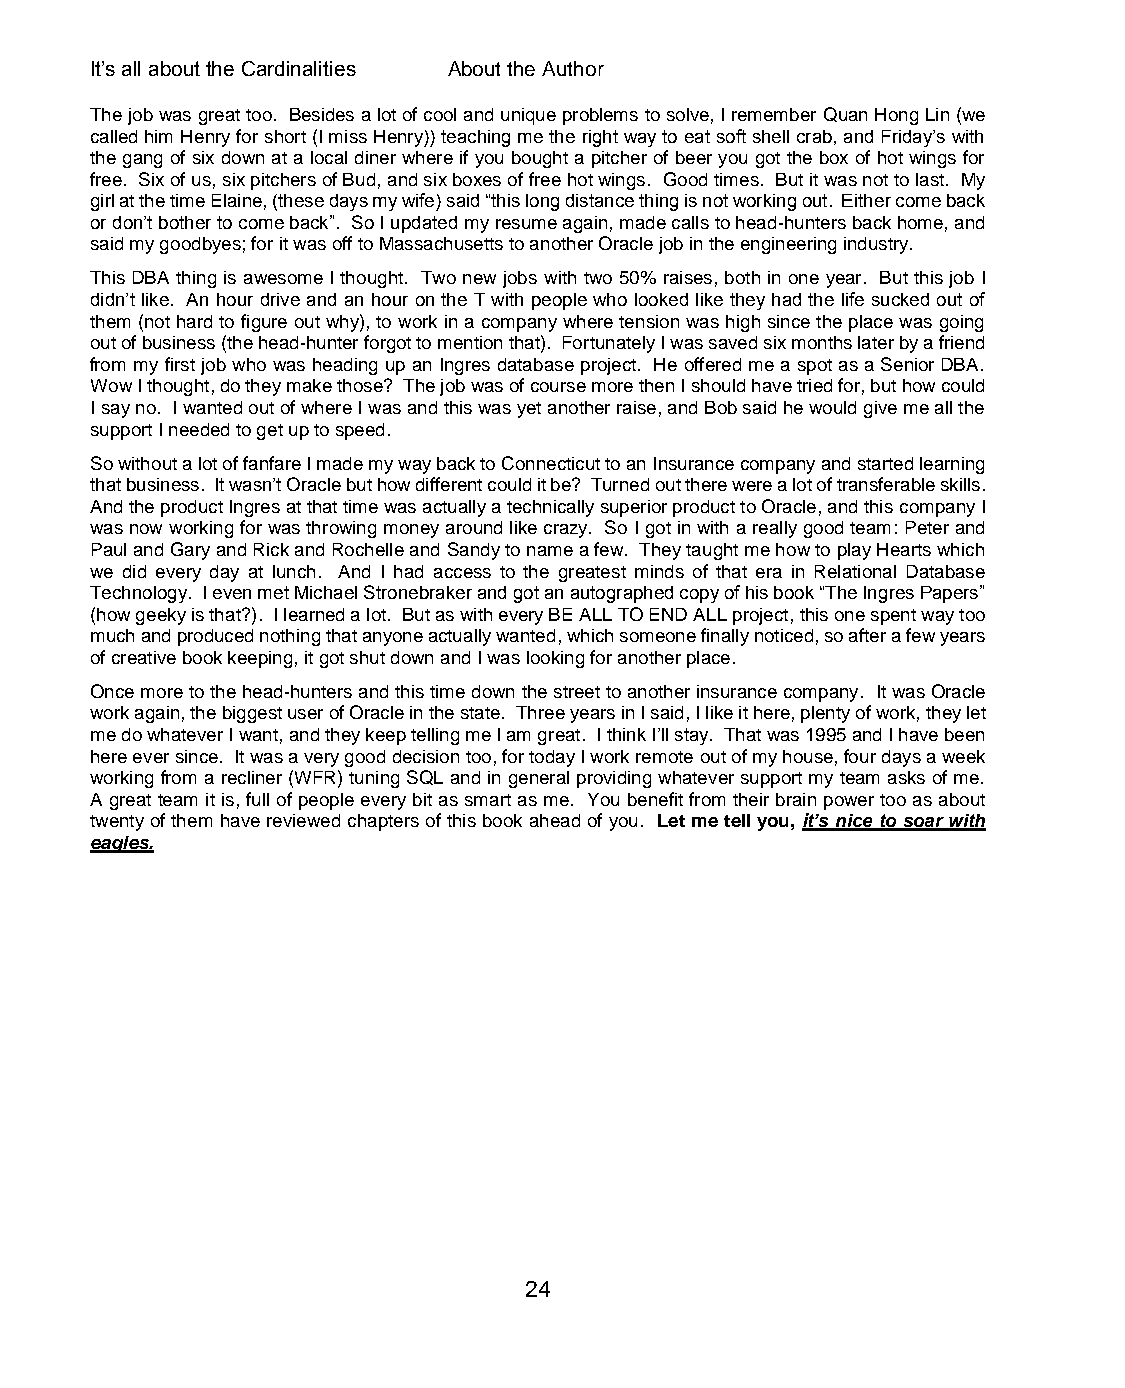
It’s all about the Cardinalities About the Author
 The job was great too. Besides a lot of cool and unique problems to solve, I remember Quan Hong Lin (we
 called him Henry for short (I miss Henry)) teaching me the right way to eat soft shell crab, and Friday’s with
 the gang of six down at a local diner where if you bought a pitcher of beer you got the box of hot wings for
 free. Six of us, six pitchers of Bud, and six boxes of free hot wings. Good times. But it was not to last. My
 girl at the time Elaine, (these days my wife) said “this long distance thing is not working out. Either come back
 or don’t bother to come back”. So I updated my resume again, made calls to head-hunters back home, and
 said my goodbyes; for it was off to Massachusetts to another Oracle job in the engineering industry.
 This DBA thing is awesome I thought. Two new jobs with two 50% raises, both in one year. But this job I
 didn’t like. An hour drive and an hour on the T with people who looked like they had the life sucked out of
 them (not hard to figure out why), to work in a company where tension was high since the place was going
 out of business (the head-hunter forgot to mention that). Fortunately I was saved six months later by a friend
 from my first job who was heading up an Ingres database project. He offered me a spot as a Senior DBA.
 Wow I thought, do they make those? The job was of course more then I should have tried for, but how could
 I say no. I wanted out of where I was and this was yet another raise, and Bob said he would give me all the
 support I needed to get up to speed.
 So without a lot of fanfare I made my way back to Connecticut to an Insurance company and started learning
 that business. It wasn’t Oracle but how different could it be? Turned out there were a lot of transferable skills.
 And the product Ingres at that time was actually a technically superior product to Oracle, and this company I
 was now working for was throwing money around like crazy. So I got in with a really good team: Peter and
 Paul and Gary and Rick and Rochelle and Sandy to name a few. They taught me how to play Hearts which
 we did every day at lunch. And I had access to the greatest minds of that era in Relational Database
 Technology. I even met Michael Stronebraker and got an autographed copy of his book “The Ingres Papers”
 (how geeky is that?). I learned a lot. But as with every BE ALL TO END ALL project, this one spent way too
 much and produced nothing that anyone actually wanted, which someone finally noticed, so after a few years
 of creative book keeping, it got shut down and I was looking for another place.
 Once more to the head-hunters and this time down the street to another insurance company. It was Oracle
 work again, the biggest user of Oracle in the state. Three years in I said, I like it here, plenty of work, they let
 me do whatever I want, and they keep telling me I am great. I think I’ll stay. That was 1995 and I have been
 here ever since. It was a very good decision too, for today I work remote out of my house, four days a week
 working from a recliner (WFR) tuning SQL and in general providing whatever support my team asks of me.
 A great team it is, full of people every bit as smart as me. You benefit from their brain power too as about
 twenty of them have reviewed chapters of this book ahead of you. Let me tell you, it’s nice to soar with
 eagles.
 24